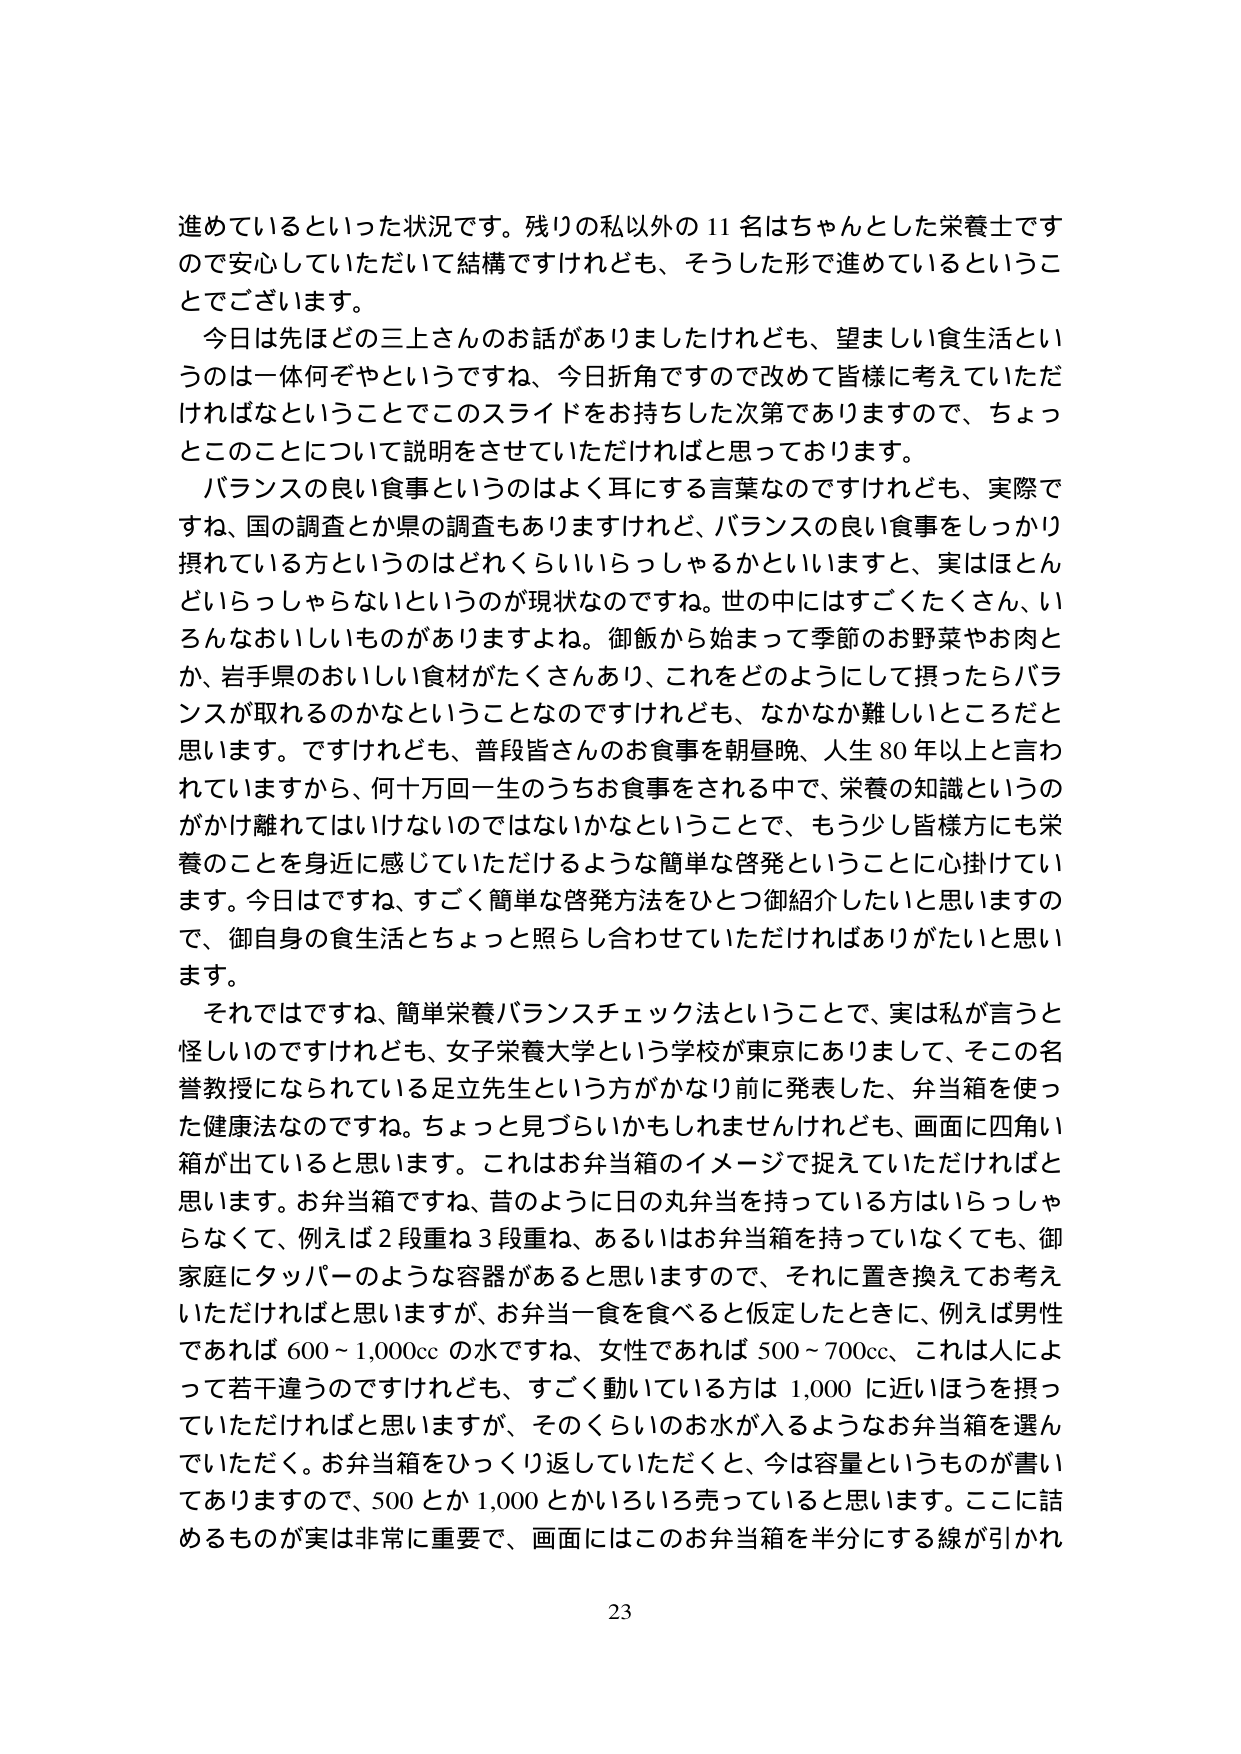
進めていっているといった状況です。残りの私以外の11名はちゃんとした栄養士ですので安心していただいて結構ですけれども、そうした形で進めているということでございます。

今日は先ほどの三上さんのお話がありましたけれども、望ましい食生活というのは一体何ぞやというですね、今日折角ですので改めて皆様に考えていただければなということでこのスライドをお持ちした次第でありますので、ちょっとこのことについて説明をさせていただければと思っております。

バランスの良い食事というのはよく耳にする言葉なのですが、実際ですね、国の調査とか県の調査もありますけれど、バランスの良い食事をしっかり摂れている方というのはどれくらいいらっしゃるかといいますと、実はほとんどいらっしゃらないというのが現状なのですね。世の中にはすごくたくさん、いろんなおいしいものがありますよね。御飯から始まって季節のお野菜やお肉とか、岩手県のおいしい食材がたくさんあり、これをどのようにして摂ったらバランスが取れるのかなということなのですけれども、なかなか難しいところだと思います。ですけれども、普段皆さんのお食事を朝昼晩、人生80年以上と言われていますから、何十万回一生のうちお食事をされる中で、栄養の知識というのがかけ離れてはいけないのではないかということで、もう少し皆様方にも栄養のことを身近に感じていただけるような簡単な啓発ということに心掛けています。今日はですね、すごく簡単な啓発方法をひとつ御紹介したいと思いますので、御自身の食生活とちょっと照らし合わせていただければありがたいと思います。

それではですね、簡単栄養バランスチェック法ということで、実は私が言うと怪しいのですけれども、女子栄養大学という学校が東京にありまして、そこの名誉教授になられている足立先生という方がかなり前に発表した、弁当箱を使った健康法なのです。ちょっと見づらいかもしれませんが、画面に四角い箱が出ていると思います。これはお弁当箱のイメージで捉えていただければと思います。お弁当箱ですね、昔のように日の丸弁当を持っている方はいらっしゃらなくて、例えば2段重ね3段重ね、あるいはお弁当箱を持っていなくても、御家庭にタッパーのような容器があると思いますので、それに置き換えてお考えいただければと思いますが、お弁当一食を食べるとき、例えば男性であれば600～1,000ccの水ですね、女性であれば500～700cc、これは人によって若干違うのですけれども、すごく動いている方は1,000に近いほうを摂っていただければと思いますが、そのくらいのお水が入るようなお弁当箱を選んでいただく。お弁当箱をひっくり返していただくと、今は容量というものが書いてありますので、500とか1,000とかいろいろ売っていると思います。ここに話めるものが実は非常に重要で、画面にはこのお弁当箱を半分にする線が引かれ

23